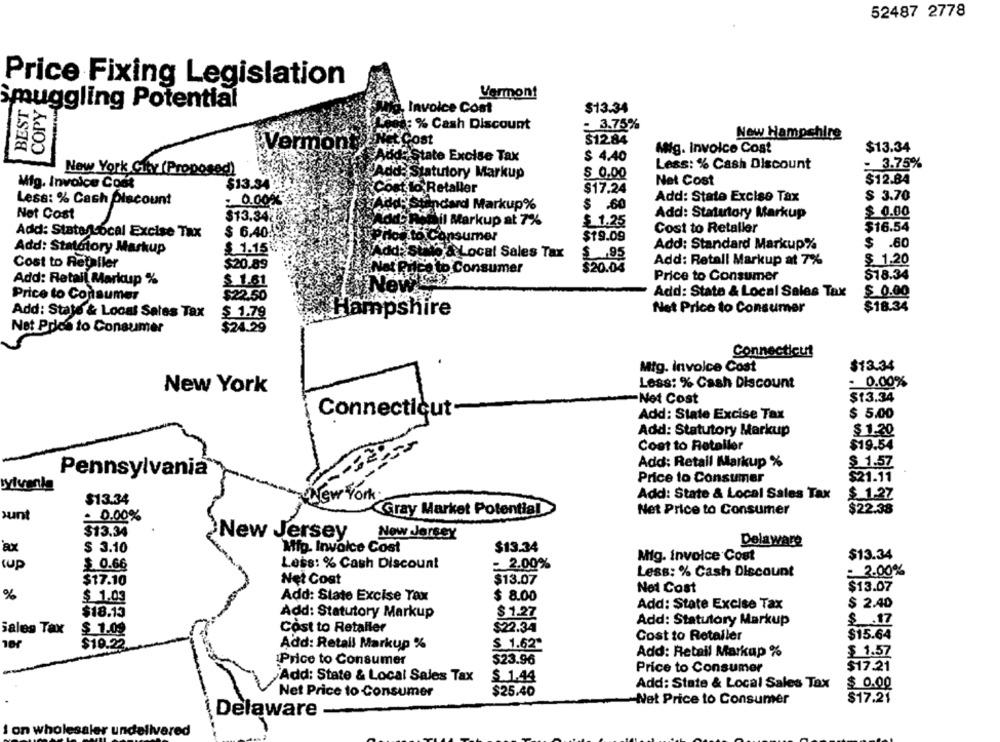
52487 2778
Price Fixing Legislation
COPY
Vermont
BEST
smuggling Potential
Invoice Cost
$13.34
a: % Cash Discount
: 3.75%
Cost
$12.84
New Hampshire
»Vermon
$13.34
Mig. Invoice Cost
id: State Excise Tax
$ 4.40
New York City (Proposed)
Less: % Cash Discount
: 3.75%
Id: Statutory Markup
$ 0.00
Mig. Invoice Cont
$13.34
Net Cost
$12.84
Cost lo Retaller
$17.24
Less: % Cash Discount
0.002
Add: State Excise Tax
$ 3.70
Add-Standard Markup%
$ .60
Net Cost
Add: Statutory Markup
$ 0.00
$13.34
Dil Markup at 7%
$1.25
Cost to Retaller
$16.54
Add: State/Local Excise Tax
$ 6.40
PHod to Consumer
$19.09
Add: Statotory Markup
$ 1.15
Add:'S
Add: Standard Markup%
$ .60
15 & Local Sales Tax
$ .95
Cost to Retailer
$20.89
$20.04
Add: Retall Markup at 7%
$ 1.20
No
Ice to Consumer
Add: Retail Markup %
$ 1.61
Price to Consumer
$18.34
New
Price to Consumer
$22.50
Add: State & Local Sales Tax
$ 0.00
ampshire
Net Price to Consumer
$18.34
Add: State & Local Sales Tax
$ 1.79
Net Price to Consumer
$24.29
Connecticut
Mig. invoice Cost
$13.34
Less: % Cash Discount
- 0.00%
New York
Net Cost
$13.34
Connecticut-
Add: State Excise Tax
$ 5.00
Add: Statutory Markup
$ 1.20
-- 32
Cost to Retaller
$19.54
Add: Retail Markup %
$ 1.57
Pennsylvania
Price to Consumer
$21.11
vivenla
New York.
Add: State & Local Sales Tax
$ 1.27
$13.34
Gray Market Potential
Net Price to Consumer
$22.38
sunt
= 0.00%
$13.34
New Jersey
New Jersey
$ 3.10
Mip. Invoice Cost
$13.34
Delaware
Mig. invoice Cost
$13.34
up
Less: % Cash Discount
- 2.00%
$ 0.66
: 3.00%
Less: % Cash Discount
$17.10
Net Cost
$13.07
Net Cost
$13.07
%
$ 1.03
Add: State Excise Tax
$ 8.00
Add: State Excise Tax
$ 2.40
$18.13
Add: Statutory Markup
$ 1.27
Add: Statutory Markup
$ .17
Sales Tax
$ 1.09
Cost to Retaller
$22.34
Cost to Retailer
$15.64
Add: Retall Markup %
$ 1.62"
$19.22
Add: Retail Markup %
$ 1.57
$23.96
Price to Consumer
$17.21
Price to Consumer
Add: State & Local Sales Tax
$. 1.44
Add: State & Local Sales Tax
$ 0.00
Net Price to Consumer
$25.40
-Net Price to Consumer
$17.21
Delaware -
1 on wholesaler undelivered